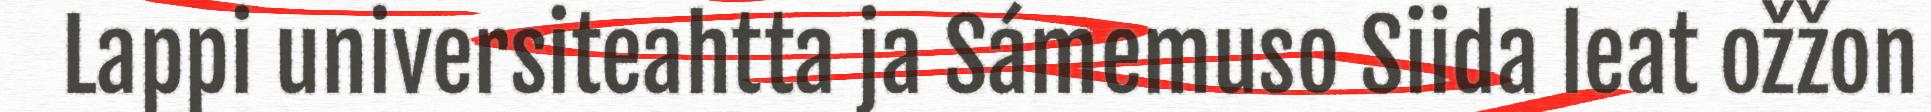
Lappi universiteahtta ja Sámemuso Siida leat ožžon